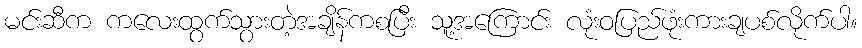
မင်းဆီက ကလေးထွက်သွားတဲ့အချိန်ကစပြီး သူ့အကြောင်း လုံးဝပြည်ဖုံးကားချပစ်လိုက်ပါ။